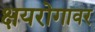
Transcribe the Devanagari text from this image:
क्षयरोगावर